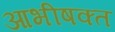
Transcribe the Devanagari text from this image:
आभीषक्त